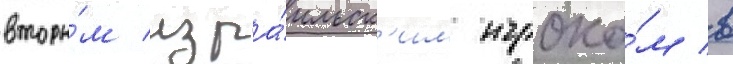
вторы́м изра́ильск'им игроко́м в